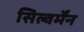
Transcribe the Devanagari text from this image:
सिल्वर्मेंन